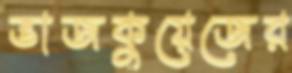
ভাজকুয়েজের